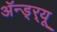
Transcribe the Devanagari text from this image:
अॅन्ड्‌र्‍यू